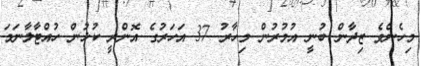
މިހެންވެ ޒިދާން ބުނީ އުމުރުން މިހާރު 37 އަހަރުގެ އޮންރީ ކުޅުން ހުއްޓާލާނަމަ